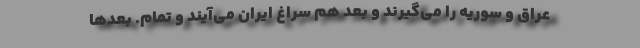
عراق و سوریه را می‌گیرند و بعد هم سراغ ایران می‌آیند و تمام. بعدها